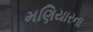
મણિયારના